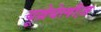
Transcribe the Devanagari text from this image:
यूब्रेयेलीज़